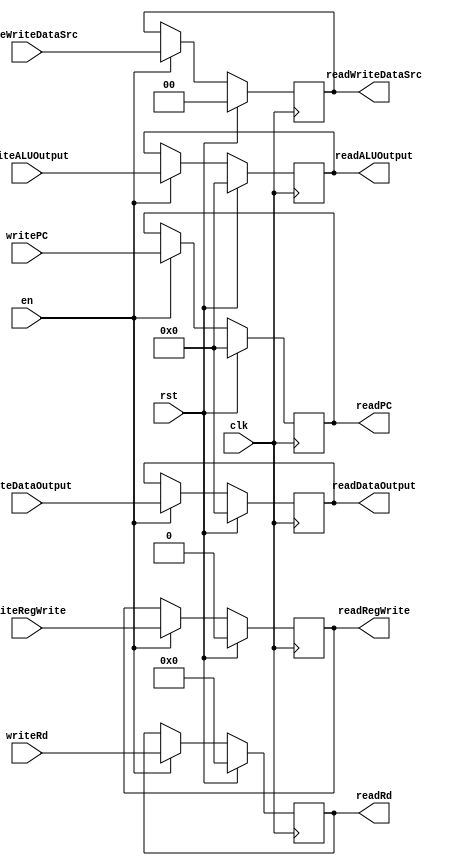
module MEMWBRegs(
    input clk,
    input rst,
    input en,
    //Inputs
    input [31:0]    writePC,
    input [31:0]    writeALUOutput,
    input [31:0]    writeDataOutput,
    input [4:0]     writeRd,
    input           writeRegWrite,
    input [1:0]     writeWriteDataSrc,

    //DEBUG
    `ifdef DEBUGINSTRUCTION
        input [31:0]    writeInstruction,
        output [31:0]   readInstruction,
    `endif

    //Outputs
    output [31:0]   readPC,
    output [31:0]    readALUOutput,
    output [31:0]    readDataOutput,
    output [4:0]     readRd,
    output           readRegWrite,
    output [1:0]    readWriteDataSrc
);




// Datapath
reg [31:0]  regPC;
reg [31:0]  regALUOutput;
reg [31:0]  regDataOutput;
reg [4:0]   regRd;
`ifdef DEBUGINSTRUCTION
    reg [31:0]  regInstruction;
`endif

// Control
reg         regRegWrite;
reg [1:0] regWriteDataSrc;



always @(posedge clk) begin : WriteRegs
    if (rst == 0) begin
        if (en == 1) begin
            regPC <= writePC;
            regALUOutput <= writeALUOutput;
            regDataOutput <= writeDataOutput;
            regRd <= writeRd;
            regRegWrite <= writeRegWrite;
            regWriteDataSrc <= writeWriteDataSrc;
            `ifdef DEBUGINSTRUCTION
                regInstruction <= writeInstruction;
            `endif
        end
    end else begin
        regPC <= 0;
        regALUOutput <= 0;
        regDataOutput <= 0;
        regRd <= 0;
        regRegWrite <= 0;
        regWriteDataSrc <= 0;
        `ifdef DEBUGINSTRUCTION
            regInstruction <= 0;
        `endif

    end
end
assign readPC = regPC;
assign readALUOutput = regALUOutput;
assign readDataOutput = regDataOutput;
assign readRd = regRd;
assign readRegWrite = regRegWrite;
assign readWriteDataSrc = regWriteDataSrc;
`ifdef DEBUGINSTRUCTION
    assign readInstruction = regInstruction;
`endif

endmodule